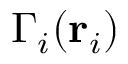
\Gamma _ { i } ( \mathbf { r } _ { i } )